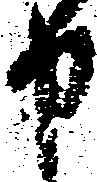
申